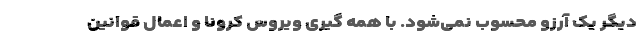
دیگر یک آرزو محسوب نمی‌شود. با همه گیری ویروس کرونا و اعمال قوانین